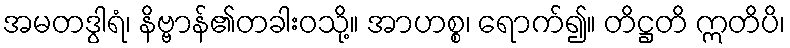
အမတဒွါရံ၊ နိဗ္ဗာန်၏တခါးဝသို့။ အာဟစ္စ၊ ရောက်၍။ တိဋ္ဌတိ ဣတိပိ၊